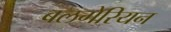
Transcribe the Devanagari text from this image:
बलगेरियन